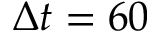
\Delta t = 6 0